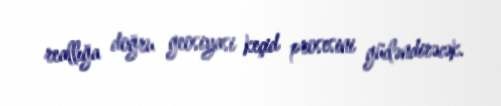
reallığa doğru geosiyasi keçid prosesini gücləndirəcək.